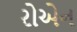
રોએન